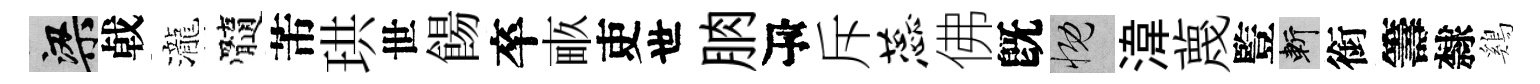
梁㦸瀧髓芾珙世餳卒畞吏世朒瓴斥蕊佛旣慨湋蔑䜿斬銜籌隸鷄